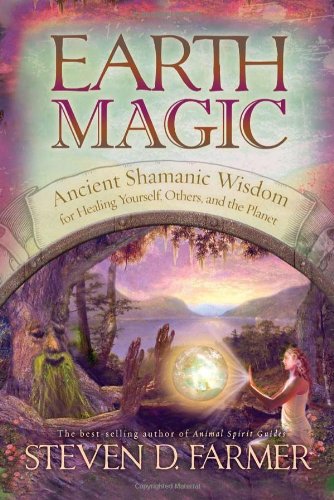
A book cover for Earth Magic: Ancient Shamanic Wisdom for Healing Yourself, Others, and the Planet; Steven D. Farmer; Religion & Spirituality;